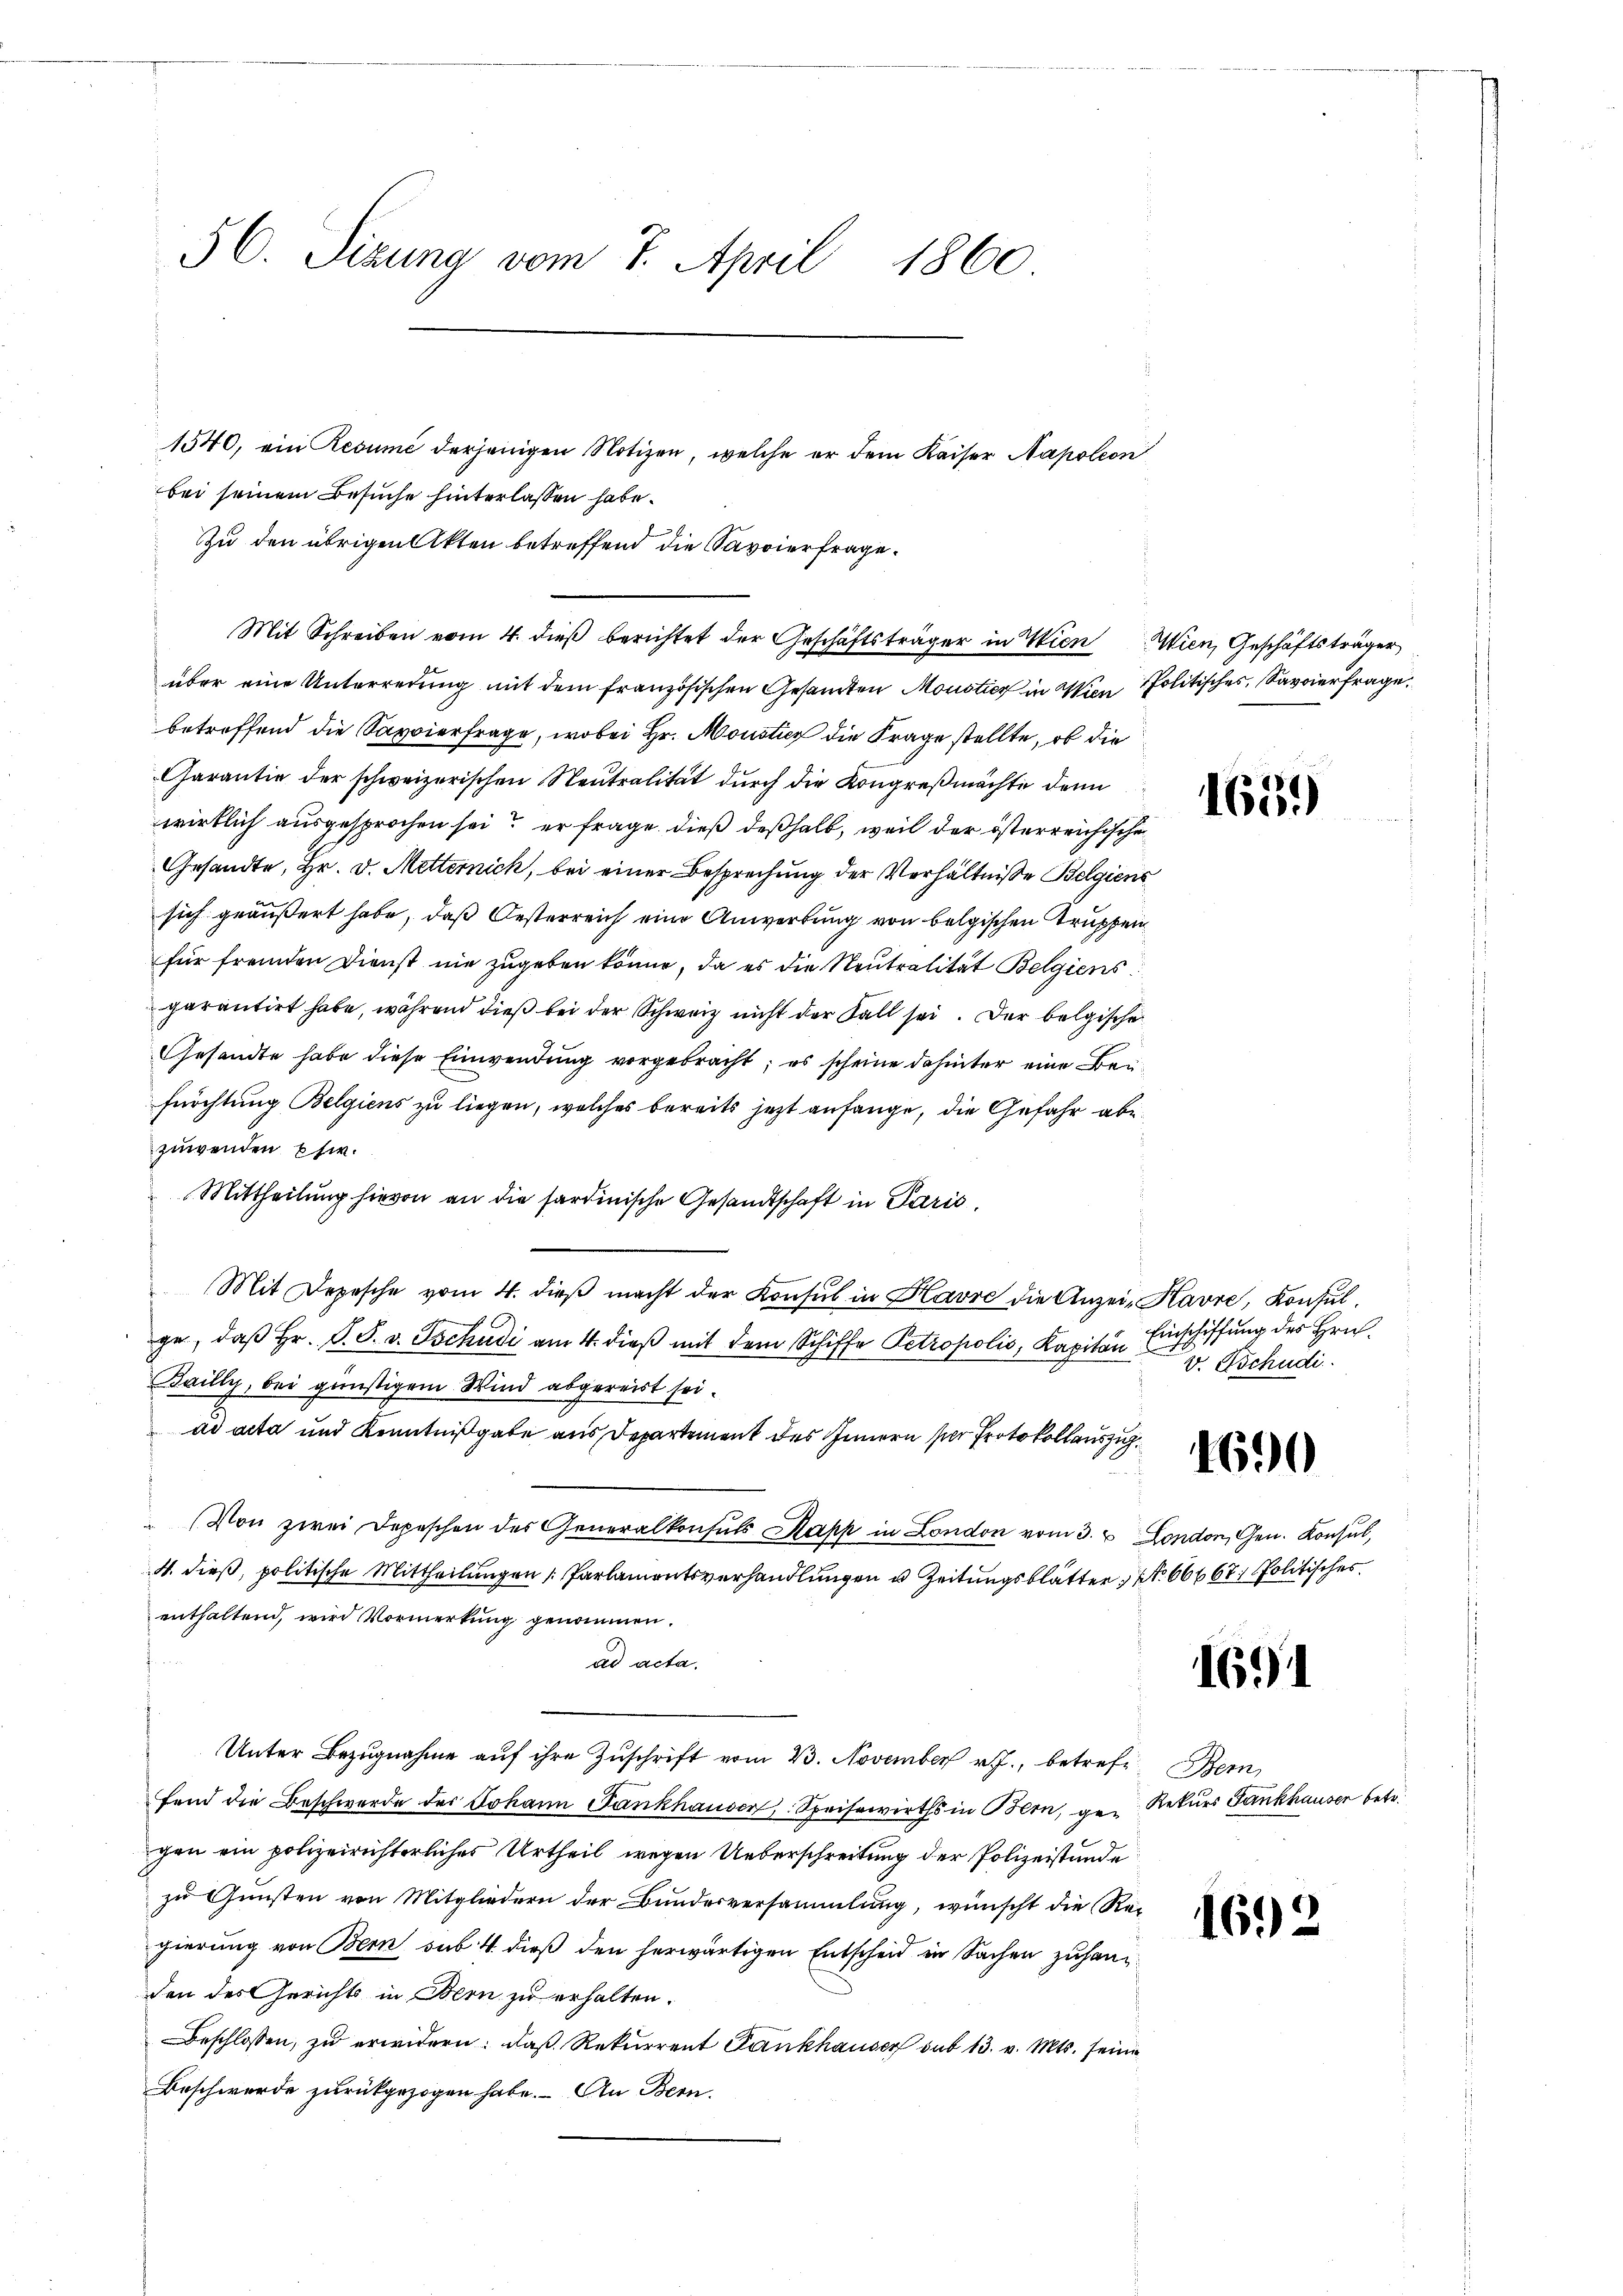
56. Sizung vom 7. April 1860

1540, ein Resume derjenigen Notizen, welche er dem Kaiser Napoleon
bei seinem Besuche hinterlassen habe.
Zu den übrigen Akten betreffend die Savoierfrage.
über eine Unterredung mit dem französischen Gesamten Moustier in Wien Politisches Savierfrage
betreffend die Sappierfrage, wobei Hr. Moustiz die Frage stellte, ob die
Carantie der schweizerischen Neutralität durch die Kongreßmächte dann
wirklich ausgesprochen sei er frage dieß deßhalb, weil der österreichische
Gesandte, Hr. v. Metternich, bei einer Besprechung der Verhältnisse Belgiens
sich geäußert habe, daß Oesterreich eine Anwerbung von belgischen Truppen
für fremden Dienst nie zugeben könne, da es die Neutralität Belgiens.
parantirt habe, während dieß bei der Schweiz nicht der Fall sei. Der belgische
Gesandte habe diese Einwendung vorgebracht; es scheine dahinter eine Bei¬
Fürchtung Belgiens zu liegen, welches bereits jetzt anfange, die Gefahr abe
zuwenden Ehe.
Mittheilung hievon an die sardinische Gesandtschaft in Paris,
Mit Depesche vom 4. dieβ macht der Konsul in Havre die Anzei- Havre, Konsulge, daß Hr. P. F. v. Tschudi am 4. dieß mit dem Schiffe Petropolis, Kapitän
Bailly, bei günstigem Wind abgereist sei.
ad acta und Kenntnißgabe aus Departement des Innern sie Protokollauszug
 Von zwei Depeschen des Generalkonsuls Kapp in London vom 3. & London, Gen. Konsul,
4. dieß, politische Mittheilungen Parlamentsverhandlungen u. Zeitungsblätter No 66667. Politisches
enthaltend, wird Vormerkung genommen.
ad acta.
Unter Bezugnahme aŭf ihre Zuschrift vom 23. November v. J., betrefe, Bern,
fend die Beschwerde des Johann Fankhauser, Speisewirths in Bern, ge- Rekurs Fankhauser betr.
gen ein polizeirichterliches Urtheil wegen Ueberschreitung der Polizeistunde
zu Gunsten von Mitgliedern der Bundesversammlung, wünscht die Regierung von Bern sub. 4 dieß den herwärtigen Entscheid in Sachen zuhanden des Gerichts in Bern zu erhalten.
Beschlossen, zu erwidern: daß Rekurrent Fankhauser sub 13. v. Mts. seine
Beschwerde zurückgezogen habe. An Bern.

Mit Schreiben vom 4. dieß berichtet der Geschäftsträger in Wien Wien, Geschäftsträger,

Einschiffung des Hrn.
v. Tschudi

1659)

1690

1691

169